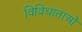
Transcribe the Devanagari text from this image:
विविधाताओं